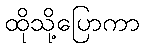
ထိုသို့ပြောကာ